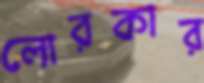
লোরকার